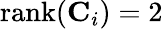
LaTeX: {\mathrm{rank}}(\mathbf{C}_{i})=2